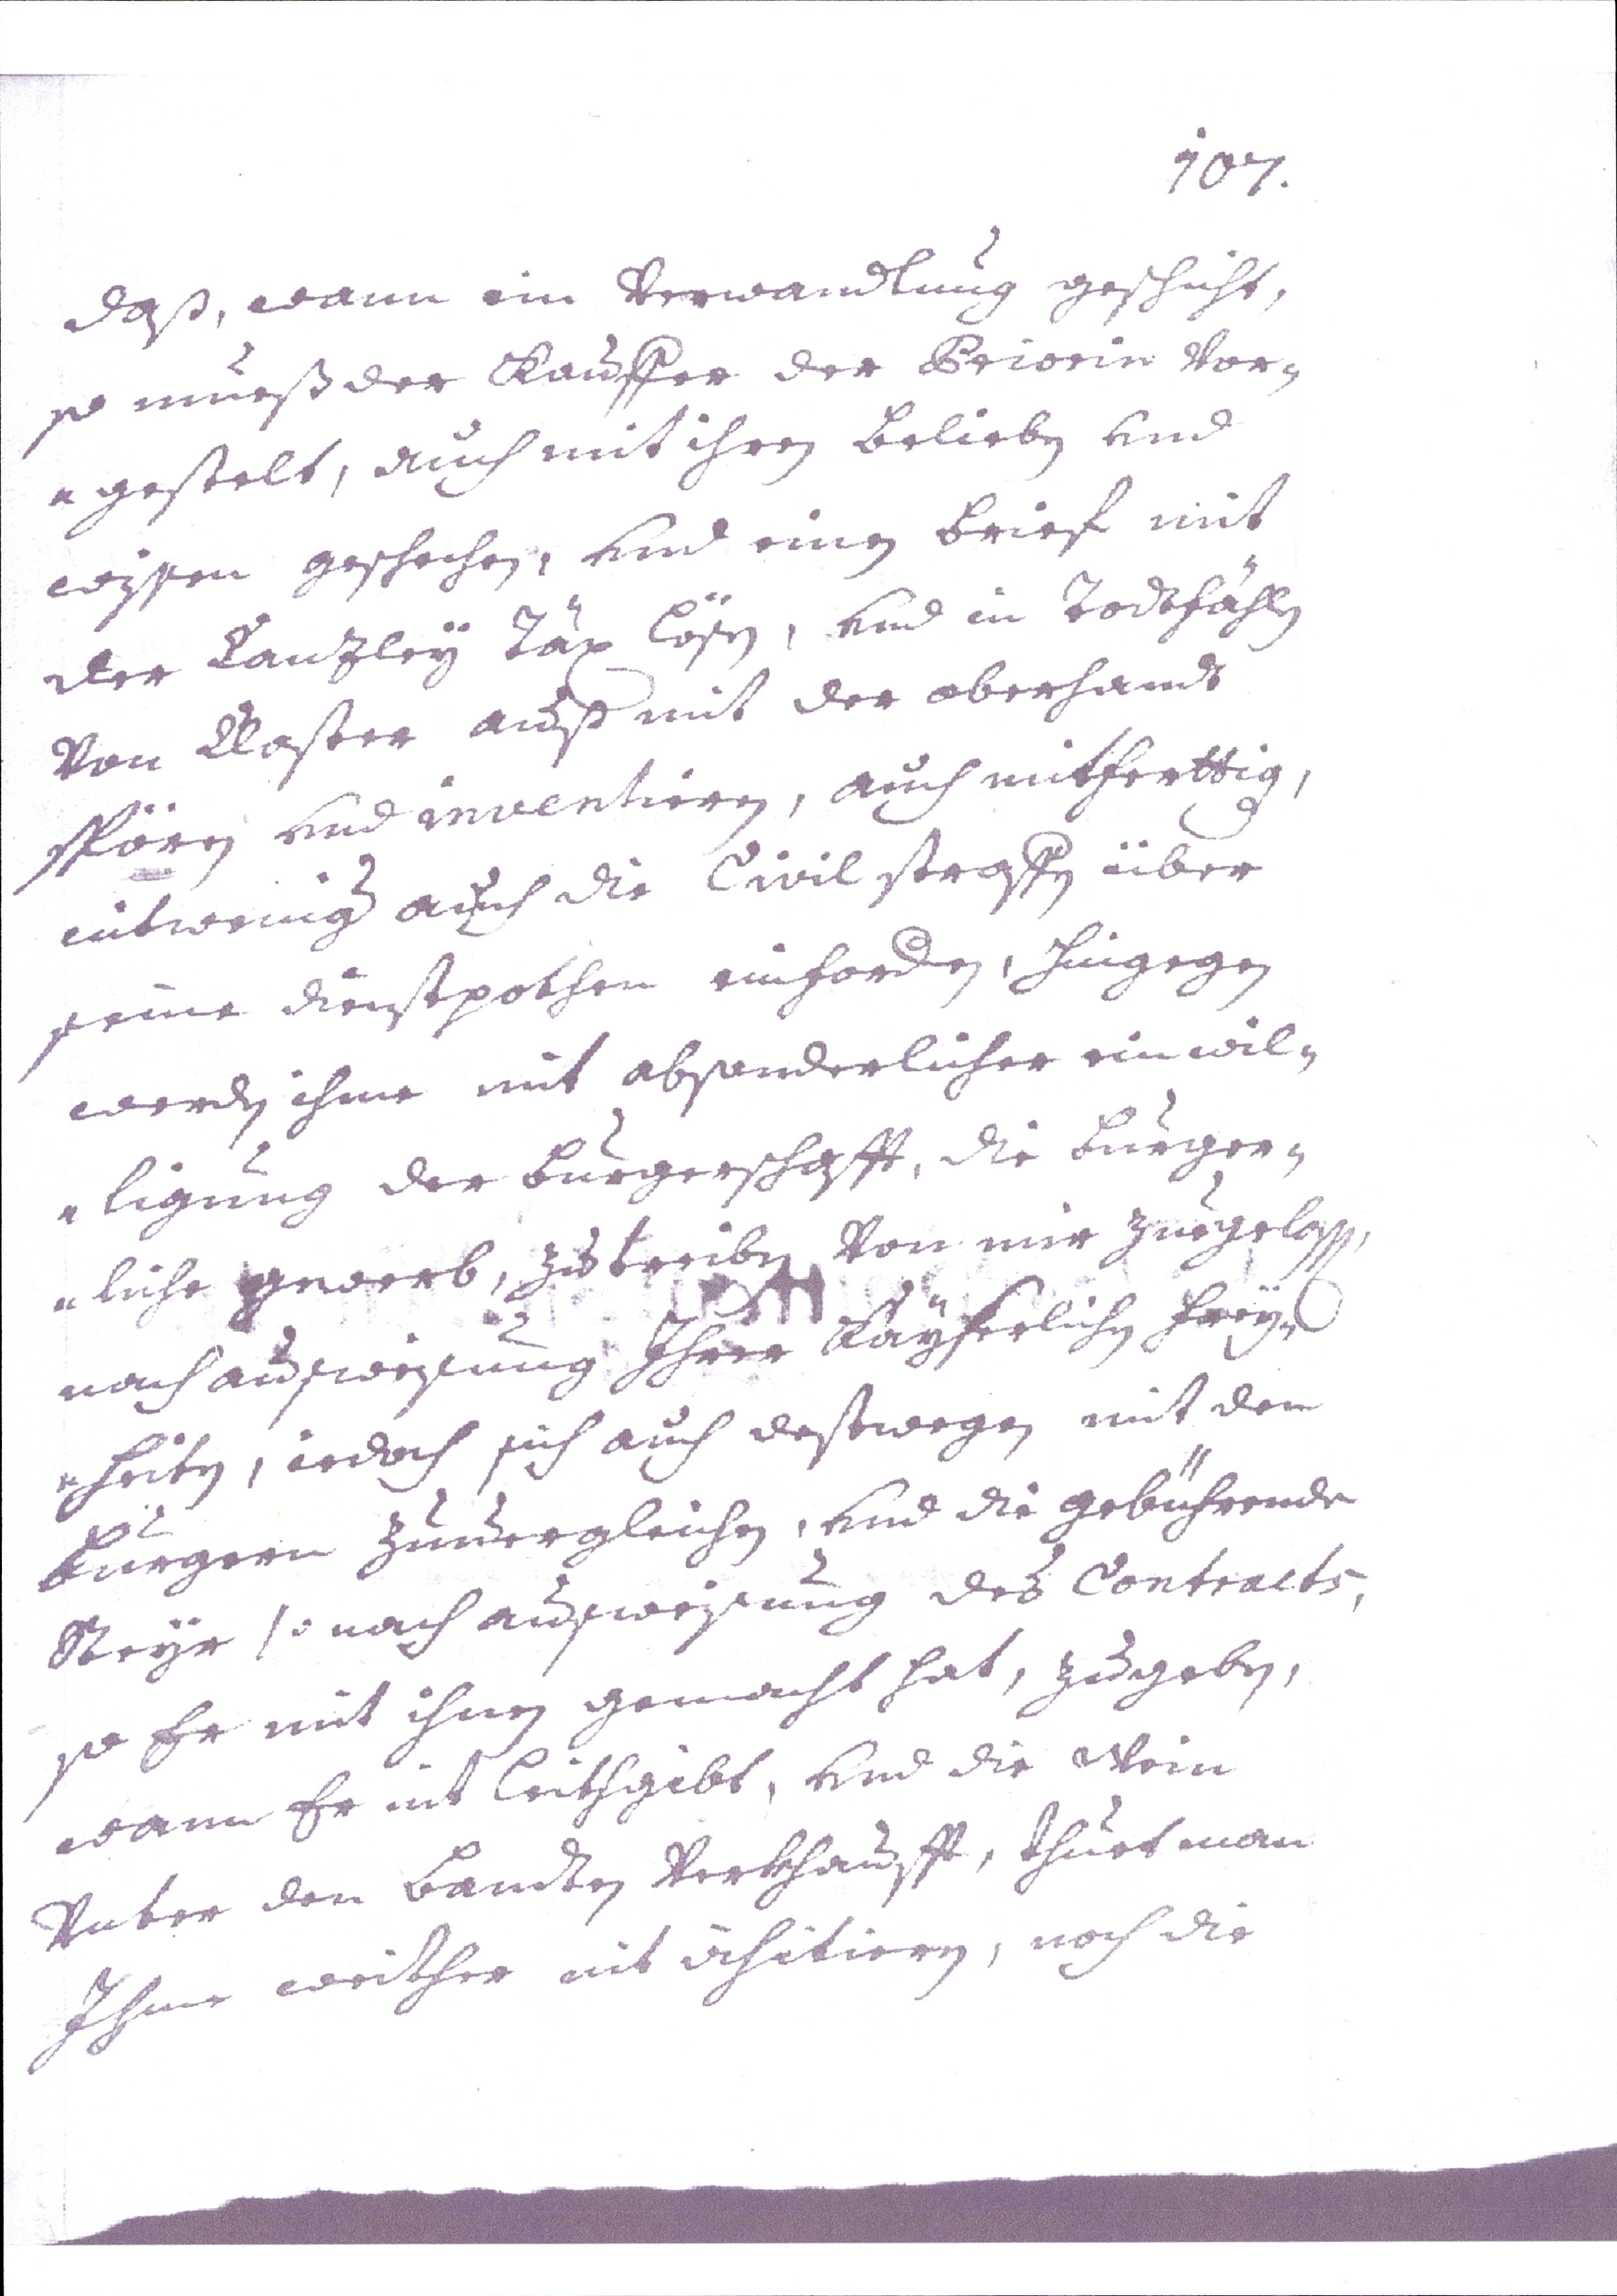
107.
daß, wann ein Verwandlung geschieht,
so mueß der Kauffer der Priorin Vor-
gestelt, auch mit ihren Belieben vnd
wissen geschechen, vnd einen Brief mit
der Canzley Täx Lösen, vnd in Todtfählen
Von Closter auß mit der oberhand
spören vnd inventieren, auch mitferttig,
nitweniger auch die Civilstraffen über
seine dienstpothen einfordern, Hingegen
werden ihme mit absonderlicher einwil¬
ligung der Bürgerschaft, die Bürger¬
liche Gewerb, zu treiben, Von mir zugelassen,
nach ausweisung Ihrer Kayserlichen Frey¬
heiten, iedoch sich auch destwegen mit den
Bürgern zuvergleichen, vnd die gebührenden
Steyr so nach ausweisung des Contracts,
so er mit ihnen gemacht hat, zugeben,
wann Er mit Leithgibt, vnd die Wein
Vnter den Bandten Verkhaufft, thuet man
Ihme weither mit visitieren, noch die